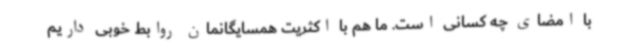
با امضای چه کسانی است. ما هم با اکثریت همسایگانمان روابط خوبی داریم